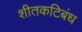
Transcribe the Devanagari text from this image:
शीतकटिबंध